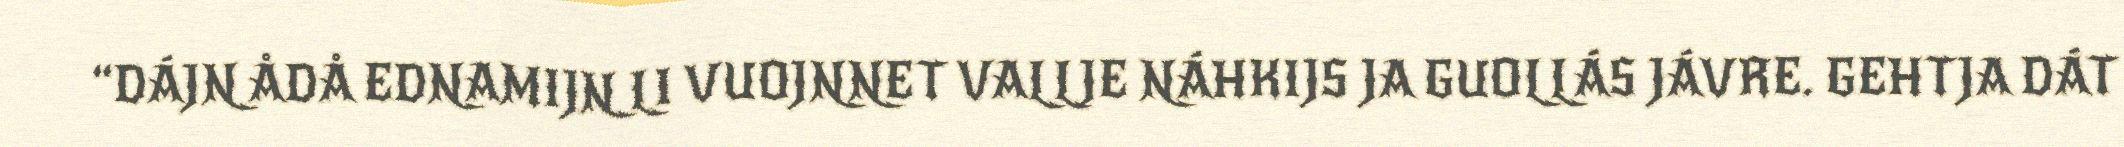
“DÁJN ÅDÅ EDNAMIJN LI VUOJNNET VALLJE NÁHKIJS JA GUOLLÁS JÁVRE. GEHTJA DÁT